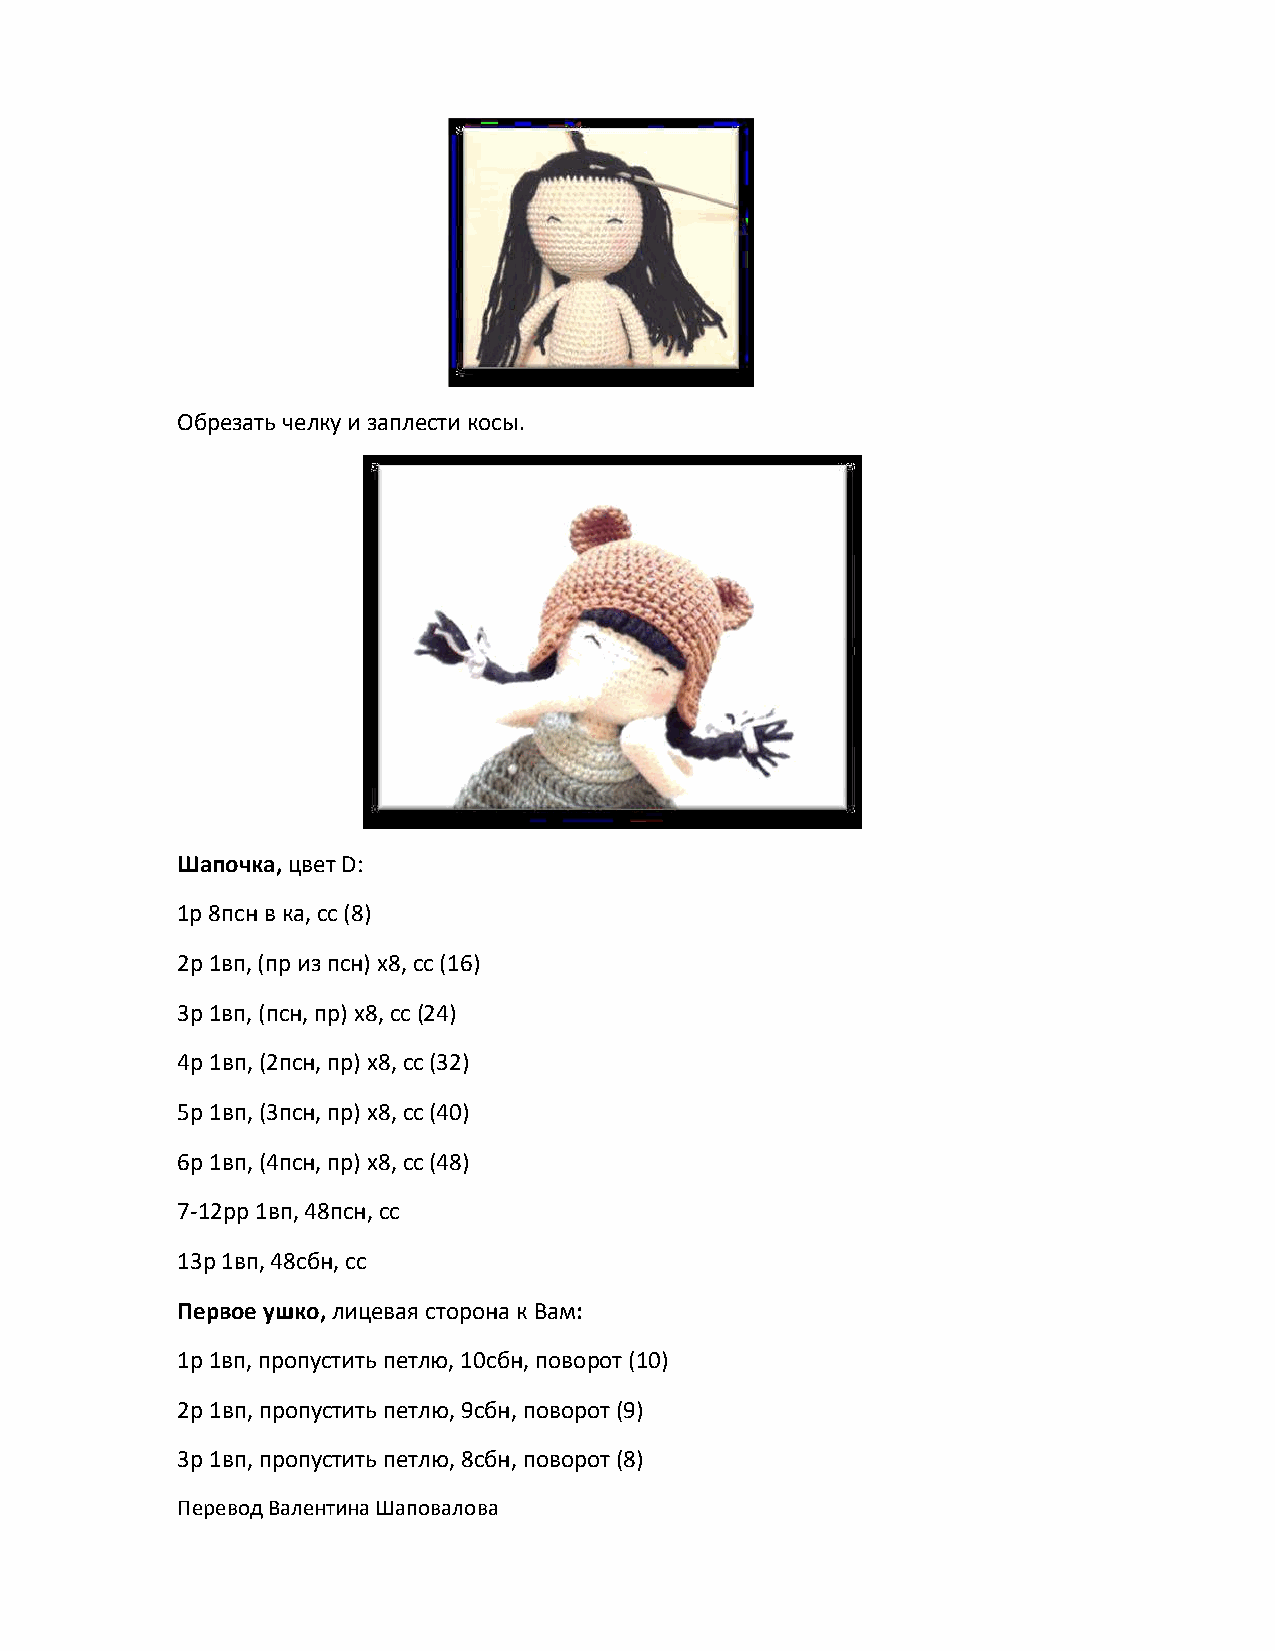
Обрезать челку и заплести косы.
 Шапочка, цвет D:
 1р 8псн в ка, сс (8)
 2р 1вп, (пр из псн) х8, сс (16)
 3р 1вп, (псн, пр) х8, сс (24)
 4р 1вп, (2псн, пр) х8, сс (32)
 5р 1вп, (3псн, пр) х8, сс (40)
 6р 1вп, (4псн, пр) х8, сс (48)
 7-12рр 1вп, 48псн, сс
 13р 1вп, 48сбн, сс
 Первое ушко, лицевая сторона к Вам:
 1р 1вп, пропустить петлю, 10сбн, поворот (10)
 2р 1вп, пропустить петлю, 9сбн, поворот (9)
 3р 1вп, пропустить петлю, 8сбн, поворот (8)
 Перевод Валентина Шаповалова